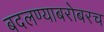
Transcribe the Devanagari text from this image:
बदलण्याबरोबरच